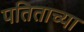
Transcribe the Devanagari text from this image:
पतिताच्या